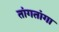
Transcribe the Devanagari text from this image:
तांगतांगा